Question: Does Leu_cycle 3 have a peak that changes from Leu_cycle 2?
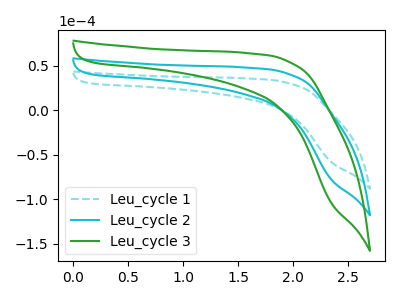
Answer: <think>The cyan dashed curve "Leu_cycle 1" has no peaks. The cyan curve "Leu_cycle 2" has no peaks. The green curve "Leu_cycle 3" has no peaks.
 Neither "Leu_cycle 3" or "Leu_cycle 2" have any peaks.</think>
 <answer>No, "Leu_cycle 3" and "Leu_cycle 2" don't appear to be significantly different in shape</answer>
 <eval>no_change</eval>